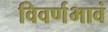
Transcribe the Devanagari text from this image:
विवर्णभावं